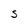
Character: S